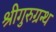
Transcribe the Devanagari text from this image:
श्रीगुरुग्रन्थ